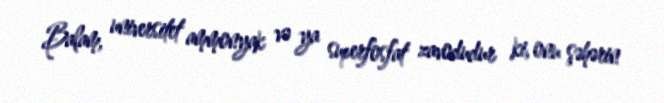
Balam, universitet ammonyak və ya superfosfat zavodudur ki, onu şəhərin